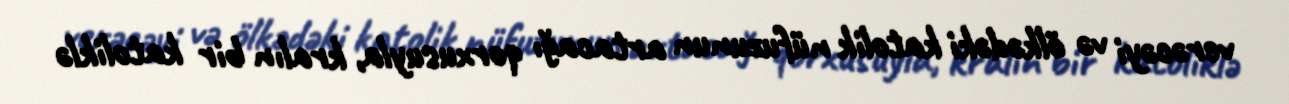
verəcəyi və ölkədəki katolik nüfuzunun artacağı qorxusuyla, kralın bir katoliklə